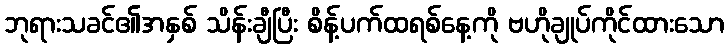
ဘုရားသခင်၏အနှစ် သိန်းချီပြီး စိန့်ပက်ထရစ်နေ့ကို ဗဟိုချုပ်ကိုင်ထားသော